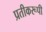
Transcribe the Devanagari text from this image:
प्रतीकरूपी